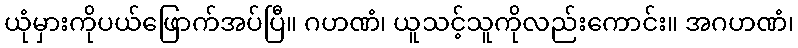
ယုံမှားကိုပယ်ဖြောက်အပ်ပြီ။ ဂဟဏံ၊ ယူသင့်သူကိုလည်းကောင်း။ အဂဟဏံ၊